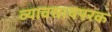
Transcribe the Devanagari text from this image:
व्यावसायपरक